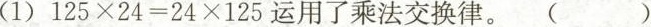
(1)$$125×24=24×125$$运用了乘法交换律。( )